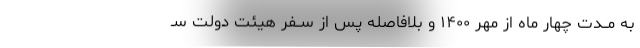
به مــدت چهار ماه از مهر ۱۴۰۰ و بلافاصله پس از ســفر هیئت دولت سـ